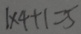
1 \times 4 + 1 = 5